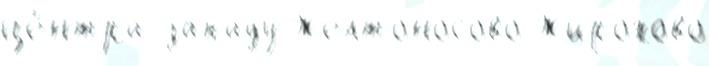
це́нтра западу Желтоносово Жирохово